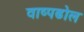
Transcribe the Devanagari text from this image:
वाष्पढोल